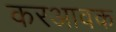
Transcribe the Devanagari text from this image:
करआवक